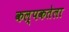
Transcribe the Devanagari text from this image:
कल्पकतेला